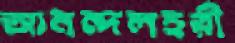
আনন্দলহরী